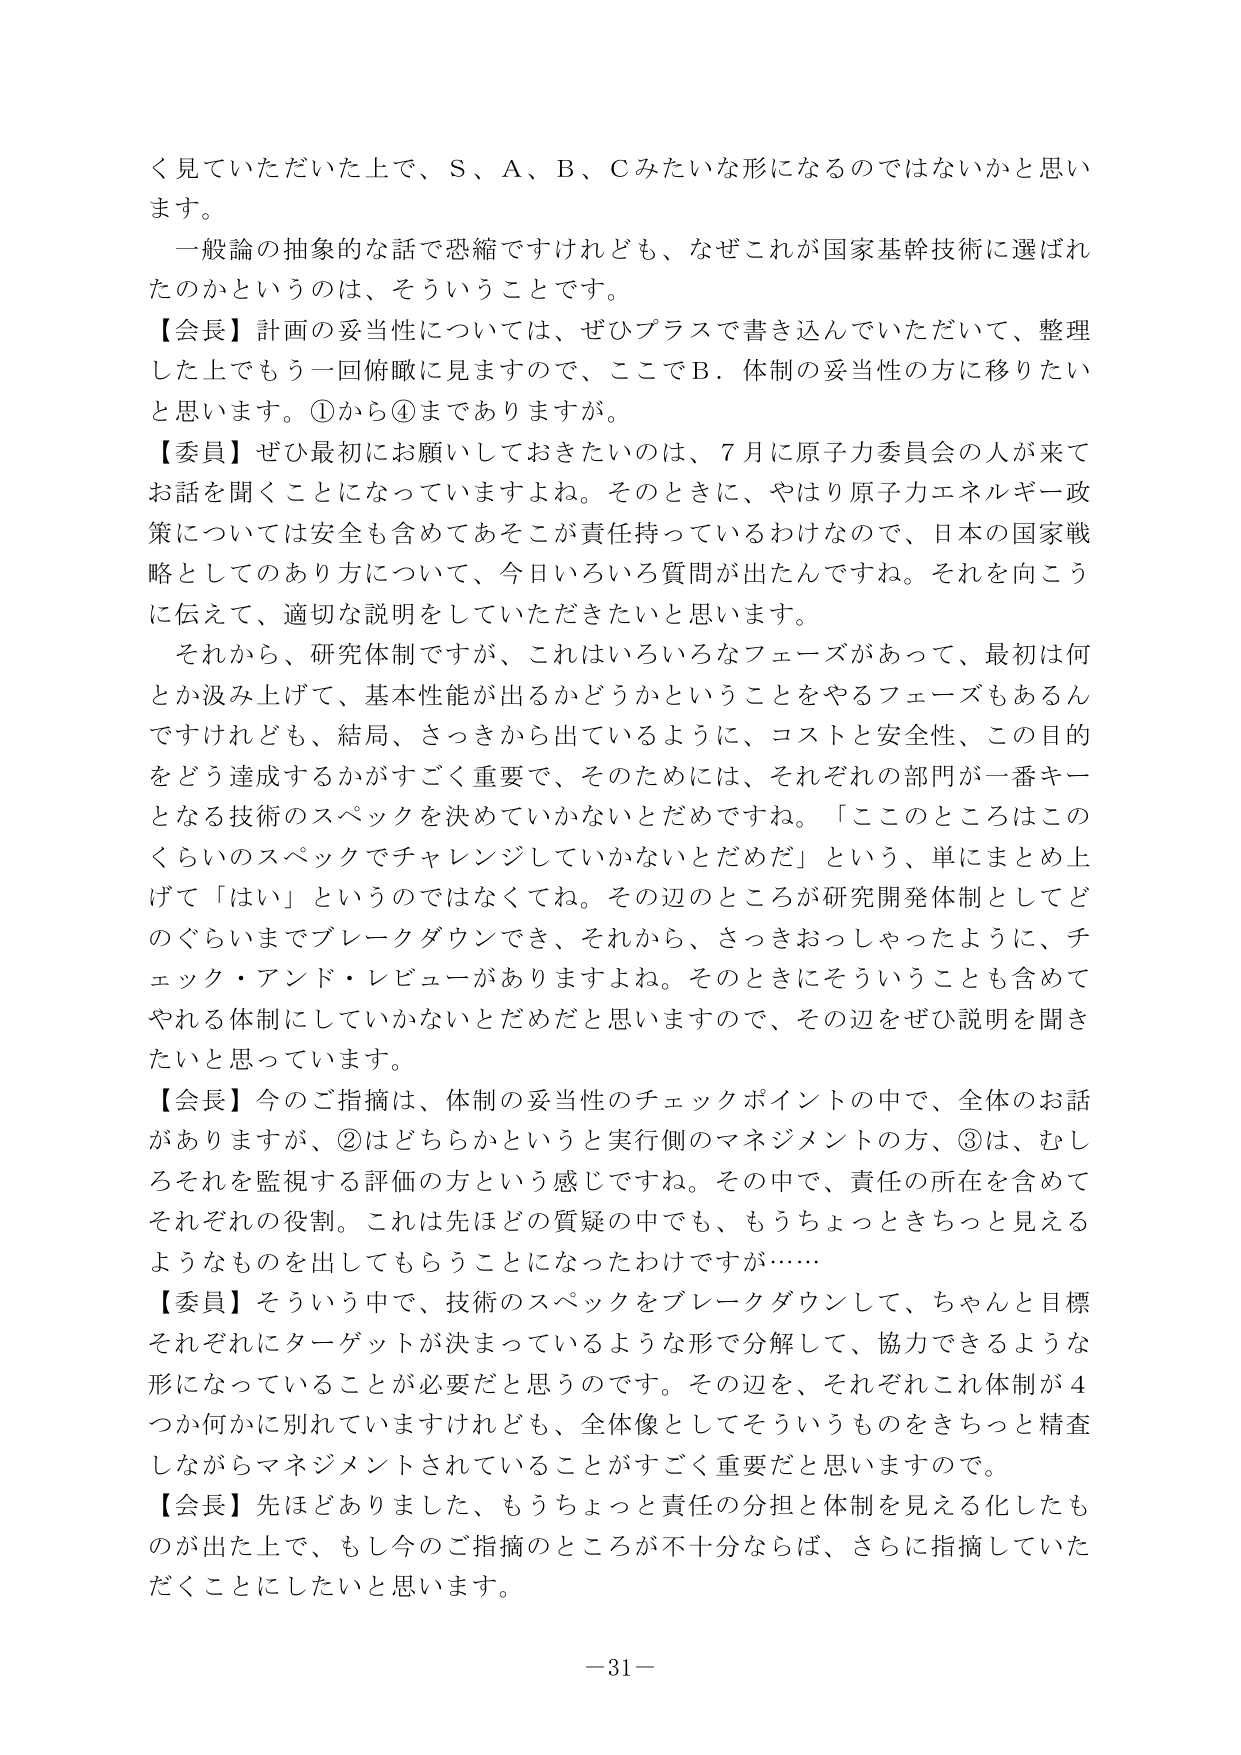
く見ていただいた上で、Ｓ、Ａ、Ｂ、Ｃみたいな形になるのではないかと思います。

一般論の抽象的な話で恐縮ですけれども、なぜこれが国家基幹技術に選ばれたのかというのは、そういうことです。

【会長】計画の妥当性については、ぜひプラスで書き込んでいただいて、整理した上でもう一回俯瞰に見ますので、ここでＢ．体制の妥当性の方に移りたいと思います。①から④までありますか。

【委員】ぜひ最初にお願いしておきたいのは、７月に原子力委員会の人が来てお話を聞くことになっていますよね。そのときに、やはり原子力エネルギー政策については安全も含めてあそこが責任持っているわけなので、日本の国家戦略としてのあり方について、今日いろいろ質問が出たんですね。それを向こうに伝えて、適切な説明をしていただきたいと思います。

それから、研究体制ですが、これはいろいろなフェーズがあって、最初は何か汲み上げて、基本性能が出るかどうかということをやるフェーズもあるんですけども、結局、さっきから出ているように、コストと安全性、この目的をどう達成するかがすごく重要で、そのためには、それぞれの部門が一番キーとなる技術のスペックを決めていかないとだめですね。「ここのところはこのくらいのスペックでチャレンジしていかないといけない」という、単にまとめ上げて「はい」というのではなくてね。その辺のところが研究開発体制としてどのぐらいまでブレークダウンでき、それから、さっきおっしゃったように、チェック・アンド・レビューがありますよね。そのときにそういうことも含めてやれる体制にしていかないとだめだと思いますので、その辺をぜひ説明を聞きたいと思っています。

【会長】今のご指摘は、体制の妥当性のチェックポイントの中で、全体のお話がありますが、②はどちらかというと実行側のマネジメントの方、③は、むしろそれを監視する評価の方という感じですね。その中で、責任の所在を含めてそれぞれの役割。これは先ほどの質疑の中でも、もうちょっときちっと見えるようなものを出してもらうことになったわけですが……

【委員】そういう中で、技術のスペックをブレークダウンして、ちゃんと目標それぞれにターゲットが決まっているような形で分解して、協力できるような形になっていることが必要だと思うのです。その辺を、それぞれこれ体制が４つか何かに別れていますけれども、全体像としてそういうものをきちっと精査しながらマネジメントされていることがすごく重要だと思いますので。

【会長】先ほどありました、もうちょっと責任の分担と体制を見える化したものが出て上でもし今のご指摘のところが不十分ならば、さらに指摘していただくことにしたいと思います。

－31－